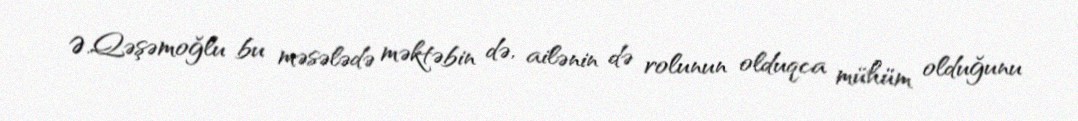
Ə.Qəşəmoğlu bu məsələdə məktəbin də, ailənin də rolunun olduqca mühüm olduğunu